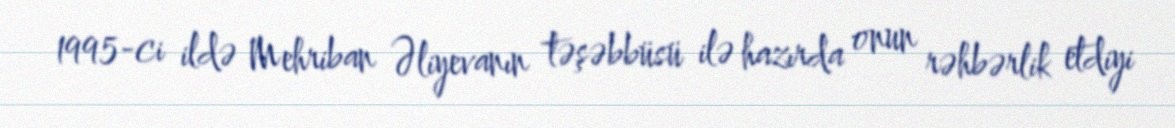
1995-ci ildə Mehriban Əliyevanın təşəbbüsü ilə hazırda onun rəhbərlik etdiyi